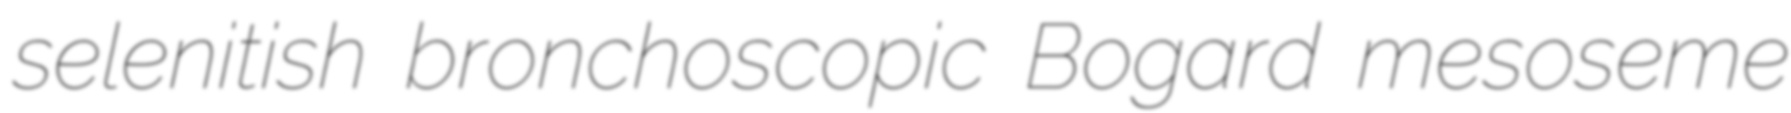
selenitish bronchoscopic Bogard mesoseme